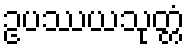
ဥပဿယသုတ္တံ